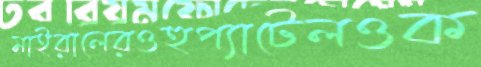
মাইরালেরওহুপ্যাটেলওক